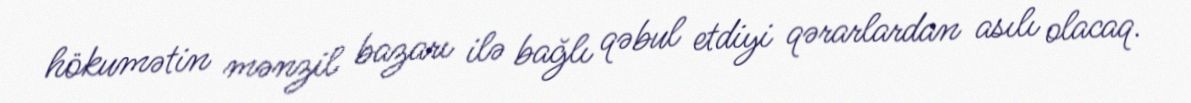
hökumətin mənzil bazarı ilə bağlı qəbul etdiyi qərarlardan asılı olacaq.